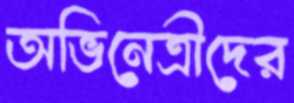
অভিনেত্রীদের